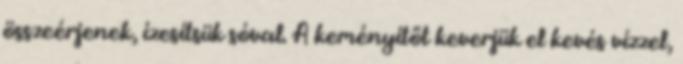
összeérjenek, ízesítsük sóval. A keményítőt keverjük el kevés vízzel,